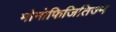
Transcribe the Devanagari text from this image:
मोनोफिजितिज्म